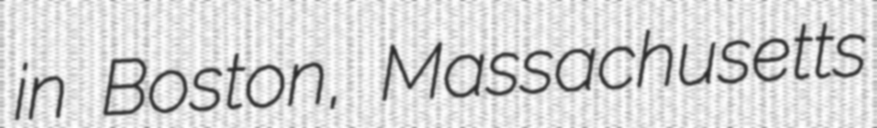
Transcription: in Boston, Massachusetts